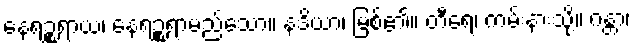
နေရဉ္စရာယ၊ နေရဉ္စရာမည်သော။ နဒိယာ၊ မြစ်၏။ တီရေ၊ ကမ်းနားသို့။ ဂန္တာ၊